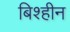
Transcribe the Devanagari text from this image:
बिश्हीन